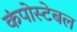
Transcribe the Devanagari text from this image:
कंपोस्टेबल